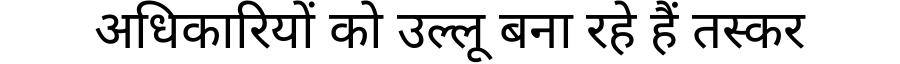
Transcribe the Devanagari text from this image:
अधिकारियों को उल्लू बना रहे हैं तस्कर